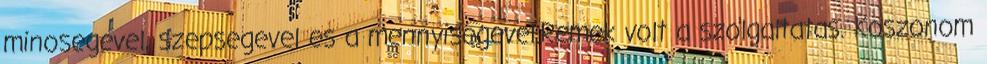
minosegevel, szepsegevel es a mennyisegevel.Remek volt a szolgaltatas. Koszonom